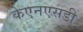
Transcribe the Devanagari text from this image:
केएनएसडी